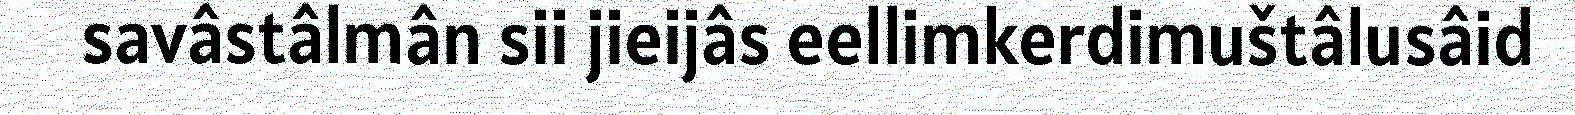
savâstâlmân sii jieijâs eellimkerdimuštâlusâid